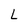
Character: L